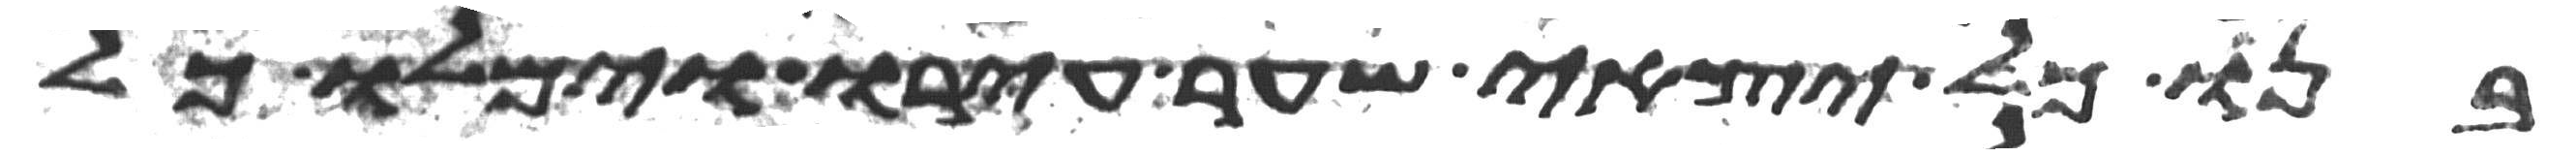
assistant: בנו כל יצאי שער עירו וימלו כל